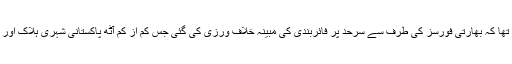
جمعہ کو پاکستانی فوج نے بتایا تھا کہ بھارتی فورسز کی طرف سے سرحد پر فائربندی کی مبینہ خلاف ورزی کی گئی جس کم از کم آٹھ پاکستانی شہری ہلاک اور چالیس سے زخمی ہوگئے تھے۔